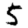
Digit: 5